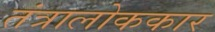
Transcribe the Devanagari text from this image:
तंत्रालोककार